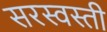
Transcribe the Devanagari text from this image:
सरस्वस्ती